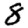
Digit: 8